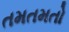
તમતમતો